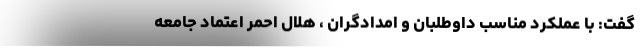
گفت: با عملکرد مناسب داوطلبان و امدادگران ، هلال احمر اعتماد جامعه